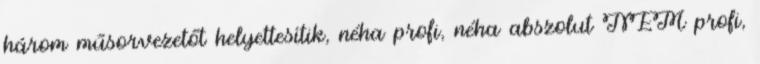
három műsorvezetőt helyettesítik, néha profi, néha abszolut NEM profi,